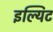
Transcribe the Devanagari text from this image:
इल्यिट